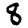
Digit: 8